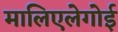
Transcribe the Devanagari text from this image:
मालिएलेगोई